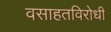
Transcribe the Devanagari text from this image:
वसाहतविरोधी